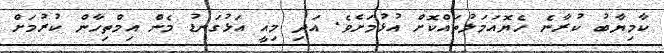
ކާމިޔާބު ކުރާނެ ހެޔޮއަމަލުތައްކޮށް އުޅުމަށެވެ. އަދި މިއީ އަޅުގަނޑު މެން އިމްތިހާން ކުރުމަށް